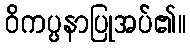
ဝိကပ္ပနာပြုအပ်၏။